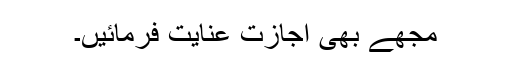
مجھے بھی اجازت عنایت فرمائیں۔